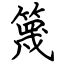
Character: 篾